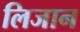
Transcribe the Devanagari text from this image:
लिजान